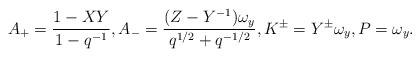
\begin{align*} A_{+}=\frac{1-XY}{1-q^{-1}},A_{-}=\frac{(Z-Y^{-1})\omega_y}{q^{1/2}+q^{-1/2}},K^{\pm}=Y^{\pm}\omega_y,P=\omega_y.\end{align*}